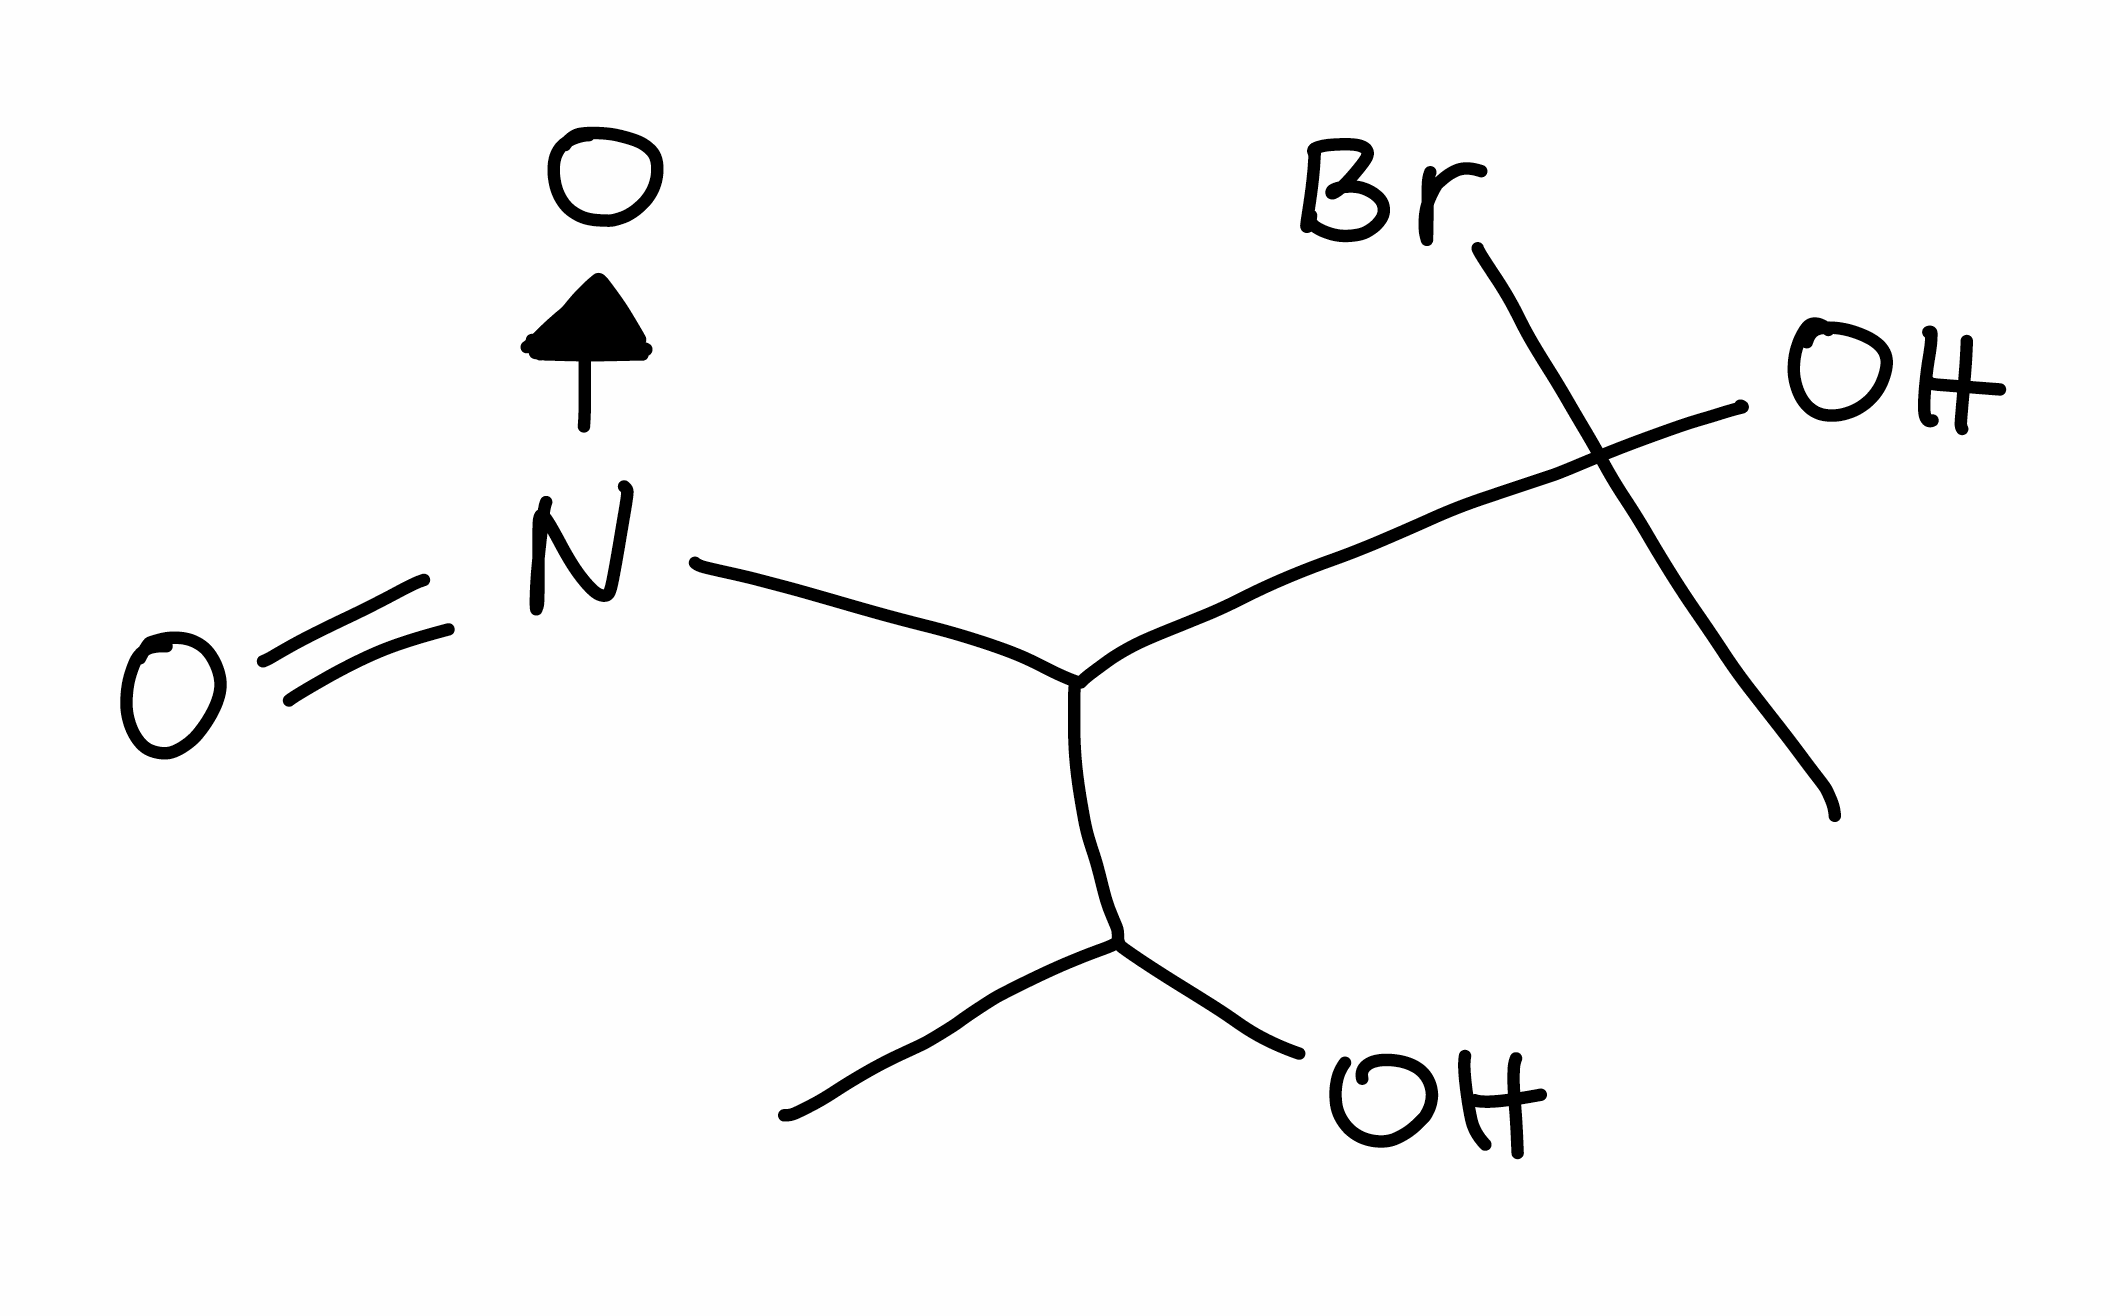
Simplified molecular-input line-entry system (SMILES) notation of the given molecule:
CC(C(C(C)(O)Br)[N+](=O)[O-])O